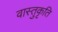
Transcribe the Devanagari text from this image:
वास्तुकृति